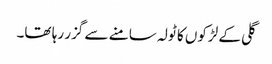
گلی کے لڑکوں کا ٹولہ سامنے سے گزر رہا تھا۔